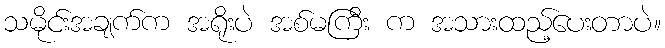
သမိုင်းအချက်က အရိုးပဲ အစ်မကြီး က အသားထည့်ပေးတာပဲ။